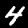
Label: 4